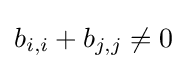
b_{i,i}+b_{j,j}\neq 0